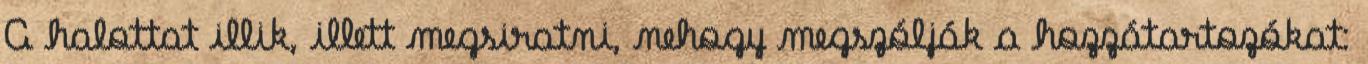
A halottat illik, illett megsiratni, nehogy megszólják a hozzátartozókat: